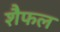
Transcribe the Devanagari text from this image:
शैफल